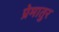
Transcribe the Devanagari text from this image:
प्रेमातुर